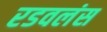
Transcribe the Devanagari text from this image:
रडवलंस